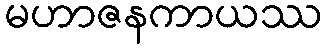
မဟာဇနကာယဿ